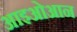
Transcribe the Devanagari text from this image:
आइओआन